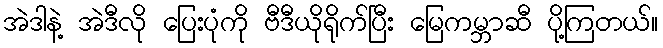
အဲဒါနဲ့ အဲဒီလို ပြေးပုံကို ဗီဒီယိုရိုက်ပြီး မြေကမ္ဘာဆီ ပို့ကြတယ်။